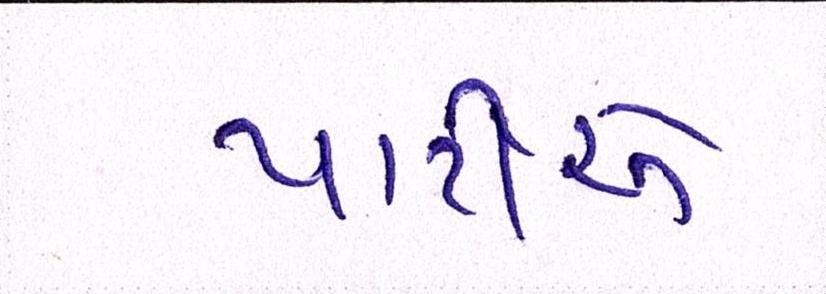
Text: પાર્ટીએ